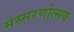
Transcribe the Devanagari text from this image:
संस्मरणोत्सव